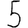
Digit: 5